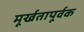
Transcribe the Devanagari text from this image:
मूर्खतापूर्वक